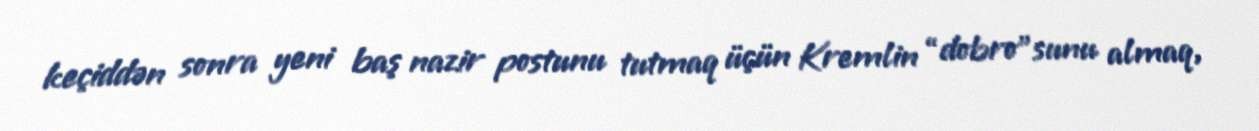
keçiddən sonra yeni baş nazir postunu tutmaq üçün Kremlin “dobro”sunu almaq,